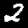
Digit: 2